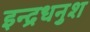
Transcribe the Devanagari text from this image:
इन्द्रधनुश